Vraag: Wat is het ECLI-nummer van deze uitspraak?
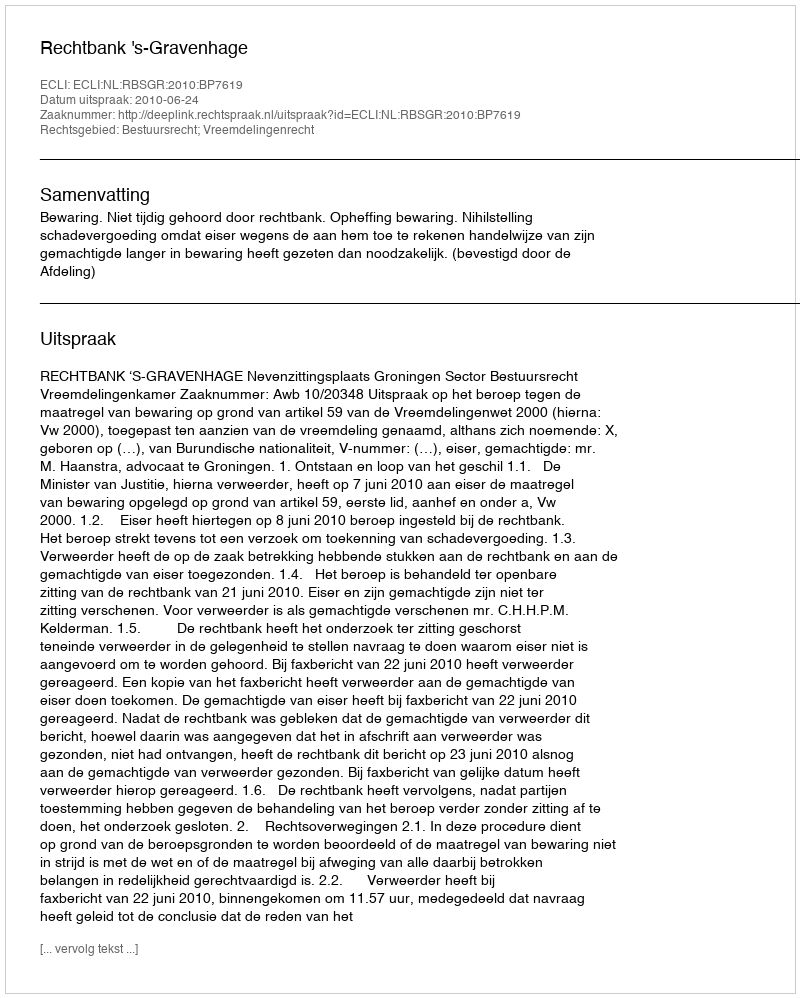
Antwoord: ECLI:NL:RBSGR:2010:BP7619